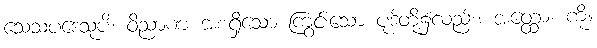
သေသပဒေသုပိ၊ ဝိညာဏ အစရှိသော ကြွင်းသော ပုဒ်တို့၌လည်း။ အတ္ထော၊ ကို။